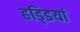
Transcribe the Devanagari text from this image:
हडि्डयां